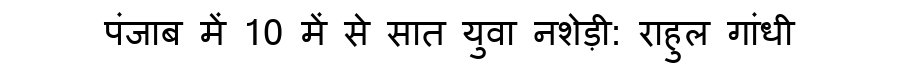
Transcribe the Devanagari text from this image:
पंजाब में 10 में से सात युवा नशेड़ी: राहुल गांधी